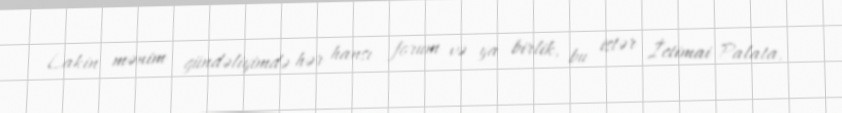
Lakin mənim gündəliyimdə hər hansı forum və ya birlik, bu istər İctimai Palata,